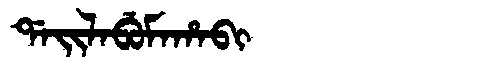
Manchu: ᡩᠠᡳᠯᠠᠪᡠᠮᠠᡥᠠᠪᡳ
Romanization: DAILABUMAHABI